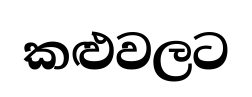
කළුවලට